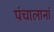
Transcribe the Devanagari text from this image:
पंचालानां